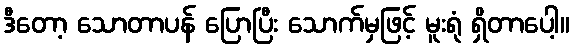
ဒီတော့ သောတာပန် ပြောပြီး သောက်မှဖြင့် မူးရုံ ရှိတာပေါ့။